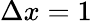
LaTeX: \Delta x=1